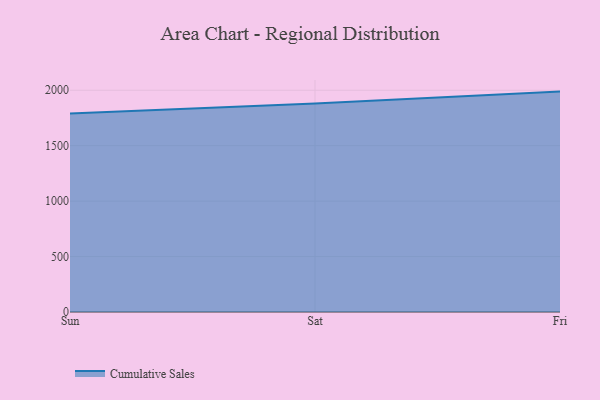
{"axis": {"x": "Day", "y": "Budget (USD K)"}, "legend": ["Cumulative Sales"], "data": [{"x": "Sun", "y": 1790.7, "type": "Cumulative Sales"}, {"x": "Sat", "y": 1880.5, "type": "Cumulative Sales"}, {"x": "Fri", "y": 1987.6, "type": "Cumulative Sales"}]}